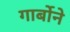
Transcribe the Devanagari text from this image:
गार्बोने